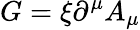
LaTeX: G=\xi\partial^{\mu}A_{\mu}